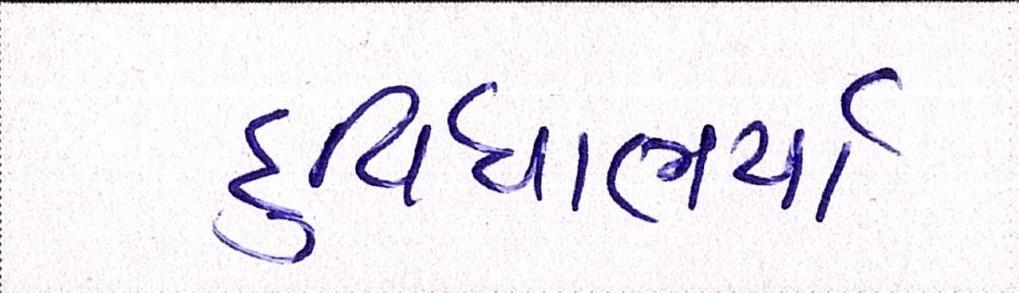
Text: દુવિધાભર્યા